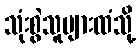
သုံးစွဲသူများထံသို့